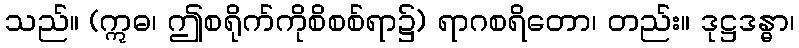
သည်။ (ဣဓ၊ ဤစရိုက်ကိုစိစစ်ရာ၌) ရာဂစရိတော၊ တည်း။ ဒုဋ္ဌဒန္ဓာ၊